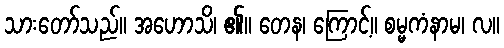
သားတော်သည်။ အဟောသိ၊ ၏။ တေန၊ ကြောင့်။ စမ္မကံနာမ၊ လ။